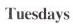
Tuesdays